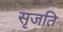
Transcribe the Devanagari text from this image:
सृजति